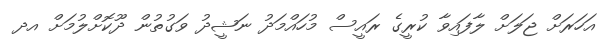
އަހަރަށް ޖަލަށް ލާފައިވާ ކުރީގެ ރައީސް މުހައްމަދު ނަޝީދު ވަގުތުން ދޫކޮށްލުމަށް އދ